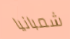
شمبانيا